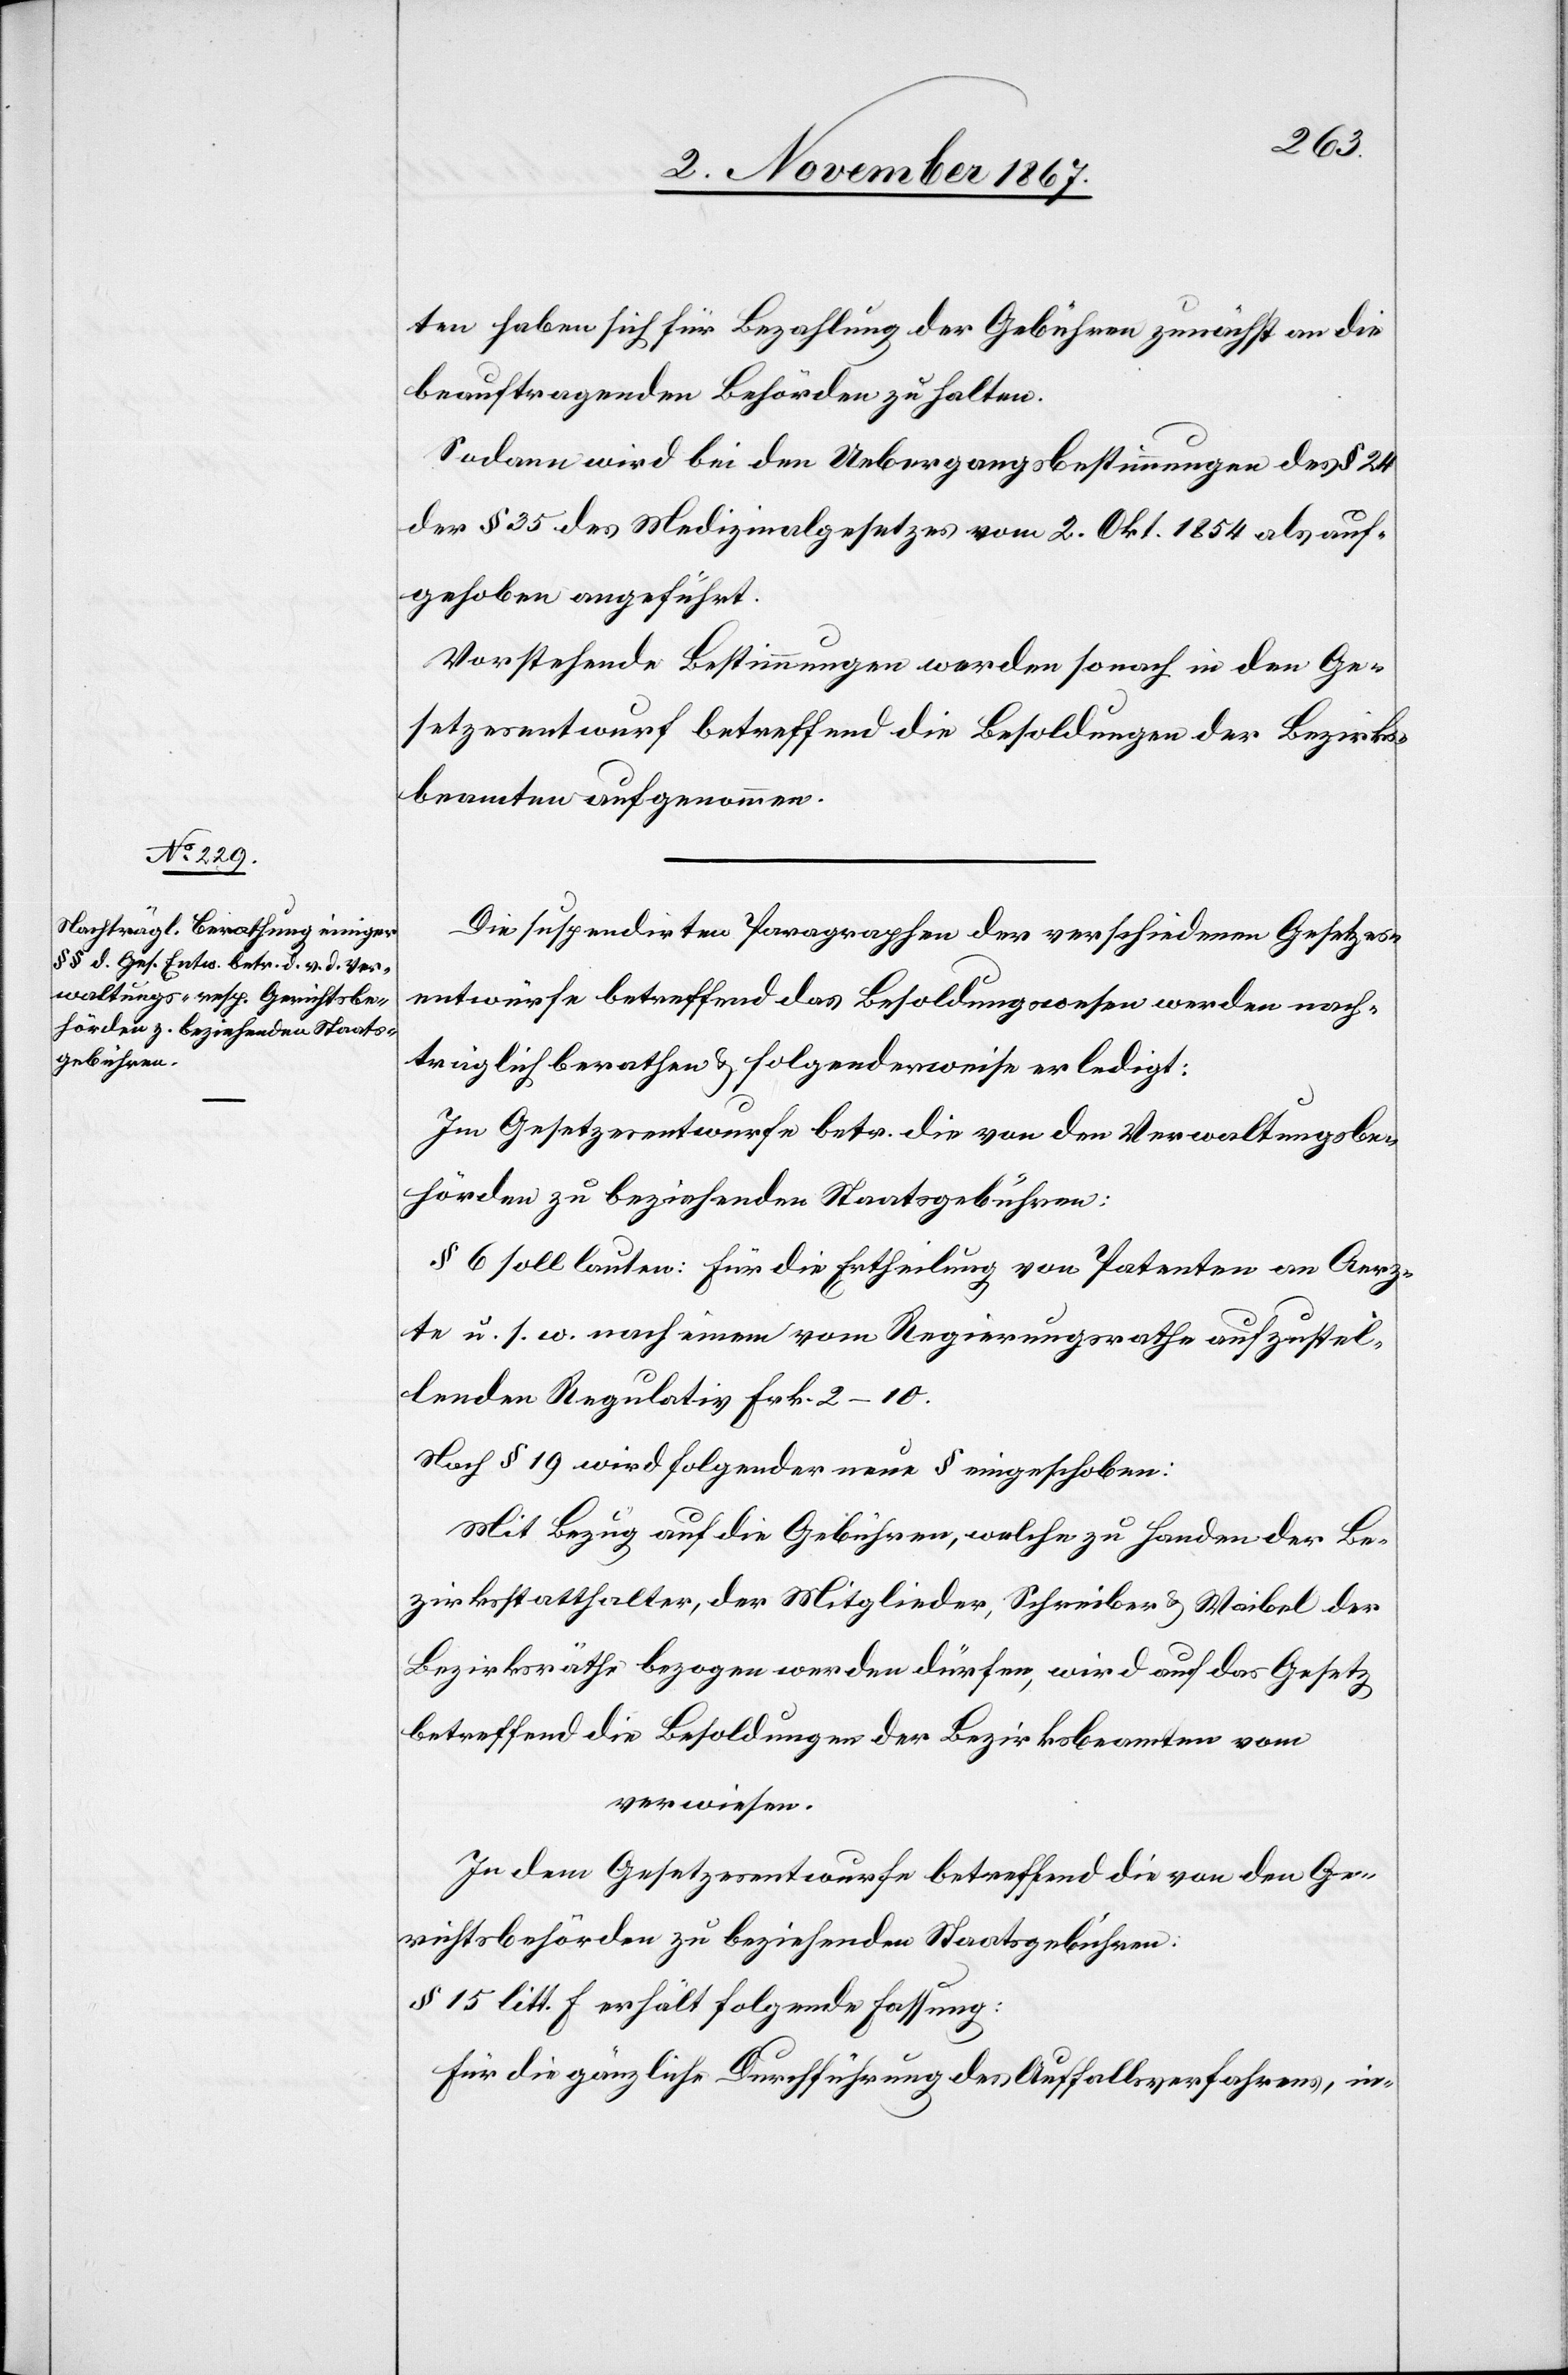
ten haben sich für Bezahlung der Gebühren zunächst an die
beauftragenden Behörden zu halten.
Sodann wird bei den Uebergangsbestimmungen des § 24
der § 35 des Medizinalgesetzes vom 2. Okt. 1854 als auf¬
gehoben angeführt.
Vorstehende Bestimmungen werden sonach in den Ge¬
setzesentwurf betreffend die Besoldungen der Bezirks¬
beamten aufgenommen.
Die suspendirten Paragraphen der verschiedenen Gesetzes¬
entwürfe betreffend das Besoldungswesen werden nach¬
träglich berathen u. folgenderweise erledigt:
Im Gesetzesentwurfe betr. die von den Verwaltungsbe¬
hörden zu beziehenden Staatsgebühren:
§ 6 soll lauten: Für die Ertheilung von Patenten an Aerz¬
te u. s. w. nach einem vom Regierungsrathe aufzustel¬
lenden Regulativ Frk. 2–10.
Nach § 19 wird folgender neue § eingeschoben:
Mit Bezug auf die Gebühren, welche zu Handen der Be¬
zirksstatthalter, der Mitglieder, Schreiber u. Waibel der
Bezirksräthe bezogen werden dürfen, wird auf das Gesetz
betreffend die Besoldungen der Bezirksbeamten vom
verwiesen.
In dem Gesetzesentwurfe betreffend die von den Ge¬
richtsbehörden zu beziehenden Staatsgebühren:
§ 15 litt. f erhält folgende Fassung:
Für die gänzliche Durchführung des Auffallsverfahrens, in-